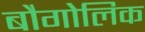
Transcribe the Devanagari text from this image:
बौगोलिक